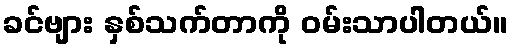
ခင်ဗျား နှစ်သက်တာကို ဝမ်းသာပါတယ်။